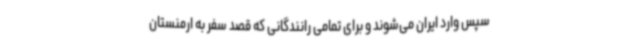
سپس وارد ایران می‌شوند و برای تمامی رانندگانی که قصد سفر به ارمنستان